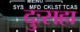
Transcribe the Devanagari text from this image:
दुःसहा